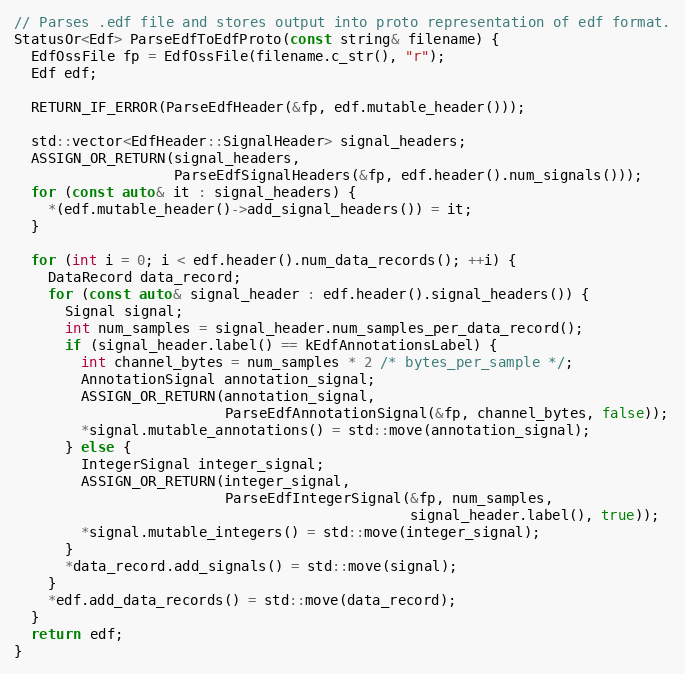
Language: C++
// Parses .edf file and stores output into proto representation of edf format.
StatusOr<Edf> ParseEdfToEdfProto(const string& filename) {
  EdfOssFile fp = EdfOssFile(filename.c_str(), "r");
  Edf edf;

  RETURN_IF_ERROR(ParseEdfHeader(&fp, edf.mutable_header()));

  std::vector<EdfHeader::SignalHeader> signal_headers;
  ASSIGN_OR_RETURN(signal_headers,
                   ParseEdfSignalHeaders(&fp, edf.header().num_signals()));
  for (const auto& it : signal_headers) {
    *(edf.mutable_header()->add_signal_headers()) = it;
  }

  for (int i = 0; i < edf.header().num_data_records(); ++i) {
    DataRecord data_record;
    for (const auto& signal_header : edf.header().signal_headers()) {
      Signal signal;
      int num_samples = signal_header.num_samples_per_data_record();
      if (signal_header.label() == kEdfAnnotationsLabel) {
        int channel_bytes = num_samples * 2 /* bytes_per_sample */;
        AnnotationSignal annotation_signal;
        ASSIGN_OR_RETURN(annotation_signal,
                         ParseEdfAnnotationSignal(&fp, channel_bytes, false));
        *signal.mutable_annotations() = std::move(annotation_signal);
      } else {
        IntegerSignal integer_signal;
        ASSIGN_OR_RETURN(integer_signal,
                         ParseEdfIntegerSignal(&fp, num_samples,
                                               signal_header.label(), true));
        *signal.mutable_integers() = std::move(integer_signal);
      }
      *data_record.add_signals() = std::move(signal);
    }
    *edf.add_data_records() = std::move(data_record);
  }
  return edf;
}